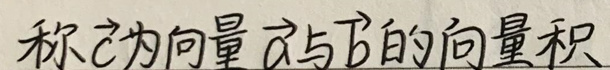
称它为向量$\vec{a}$与$\vec{b}$的向量积